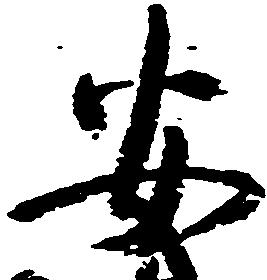
安